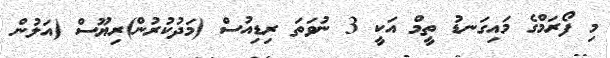
މި ފޯރަމްގެ މައިގަނޑު ތީމް އަކީ 3 ނުވަތަ ރިޑިއުސް (މަދުކުރުން)ރިޔޫސް (އަލުން